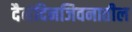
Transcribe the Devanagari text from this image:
दैनंदिनजिवनातील